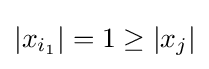
|x_{i_{1}}|=1\geq |x_{j}|